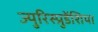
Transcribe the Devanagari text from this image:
ज्युरिस्प्रुडेंशिया